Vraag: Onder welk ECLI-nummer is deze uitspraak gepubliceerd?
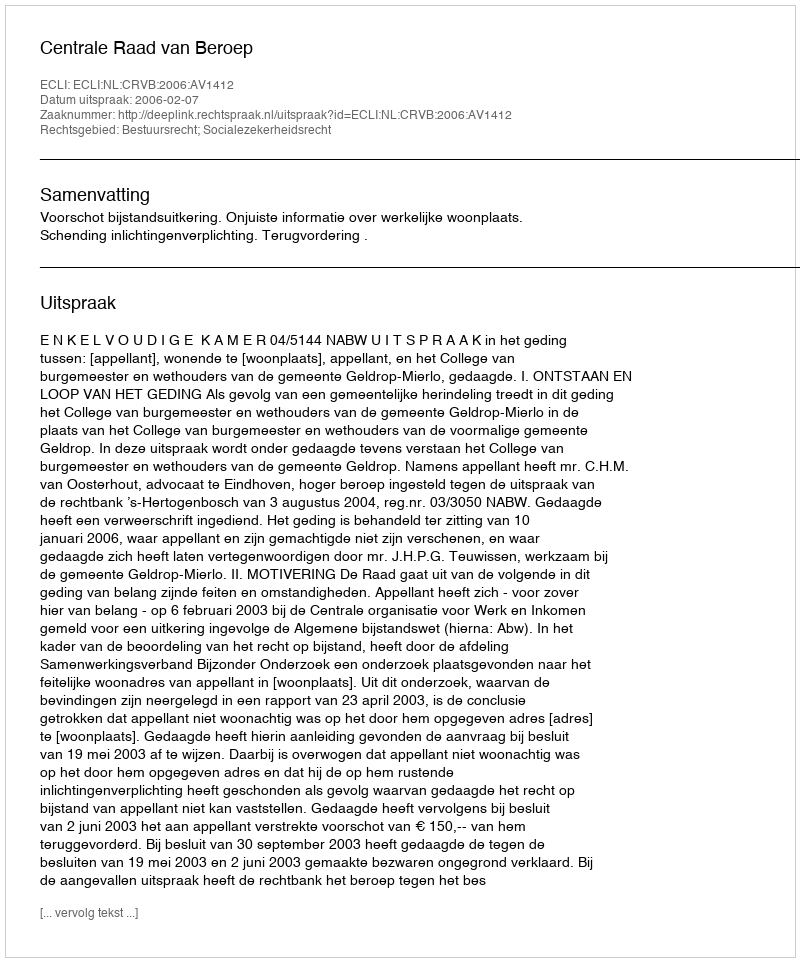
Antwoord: ECLI:NL:CRVB:2006:AV1412